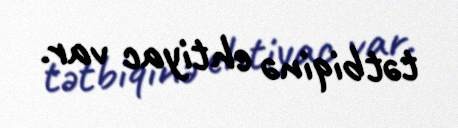
tətbiqinə ehtiyac var.